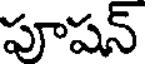
పూషన్